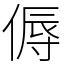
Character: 傉